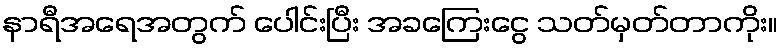
နာရီအရေအတွက် ပေါင်းပြီး အခကြေးငွေ သတ်မှတ်တာကိုး။